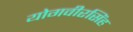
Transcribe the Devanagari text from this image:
योगवीरसिंह